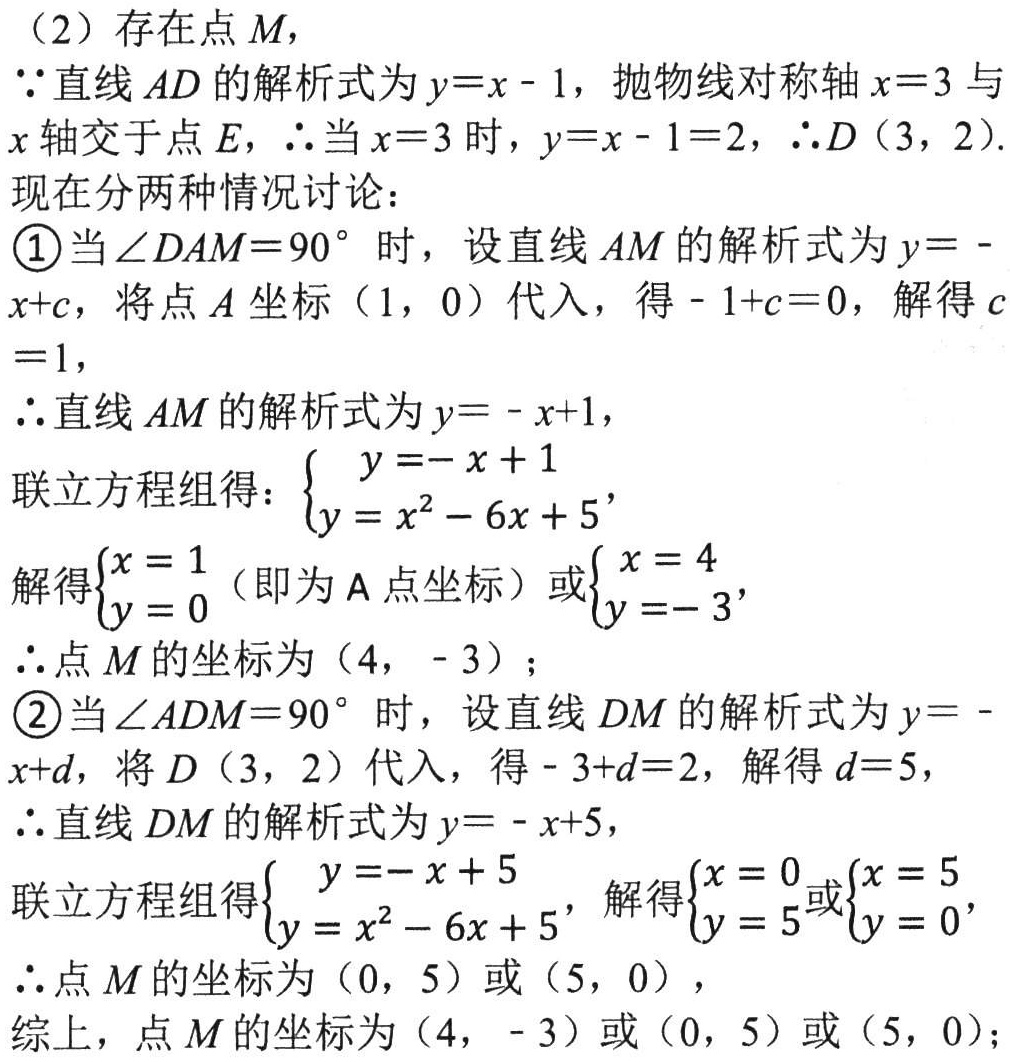
（2）存在点 \(M\)，
\(\because\)直线 \(AD\) 的解析式为 \(y = x - 1\)，抛物线对称轴 \(x = 3\) 与 \(x\) 轴交于点 \(E\)，\(\therefore\)当 \(x = 3\) 时，\(y = x - 1 = 2\)，\(\therefore D(3,2)\).
现在分两种情况讨论：
\textcircled{1}当 \(\angle DAM = 90^{\circ}\) 时，设直线 \(AM\) 的解析式为 \(y=-x + c\)，将点 \(A\) 坐标 \((1,0)\) 代入，得 \(-1 + c = 0\)，解得 \(c = 1\)，
\(\therefore\)直线 \(AM\) 的解析式为 \(y=-x + 1\)，
联立方程组得：\(\begin{cases}y=-x + 1\\y = x^{2}-6x + 5\end{cases}\)，
解得\(\begin{cases}x = 1\\y = 0\end{cases}\)（即为 \(A\) 点坐标）或\(\begin{cases}x = 4\\y=-3\end{cases}\)，
\(\therefore\)点 \(M\) 的坐标为 \((4,-3)\)；
\textcircled{2}当 \(\angle ADM = 90^{\circ}\) 时，设直线 \(DM\) 的解析式为 \(y=-x + d\)，将 \(D(3,2)\) 代入，得 \(-3 + d = 2\)，解得 \(d = 5\)，
\(\therefore\)直线 \(DM\) 的解析式为 \(y=-x + 5\)，
联立方程组得\(\begin{cases}y=-x + 5\\y = x^{2}-6x + 5\end{cases}\)，解得\(\begin{cases}x = 0\\y = 5\end{cases}\)或\(\begin{cases}x = 5\\y = 0\end{cases}\)，
\(\therefore\)点 \(M\) 的坐标为 \((0,5)\) 或 \((5,0)\)，
综上，点 \(M\) 的坐标为 \((4,-3)\) 或 \((0,5)\) 或 \((5,0)\)；